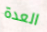
العدة